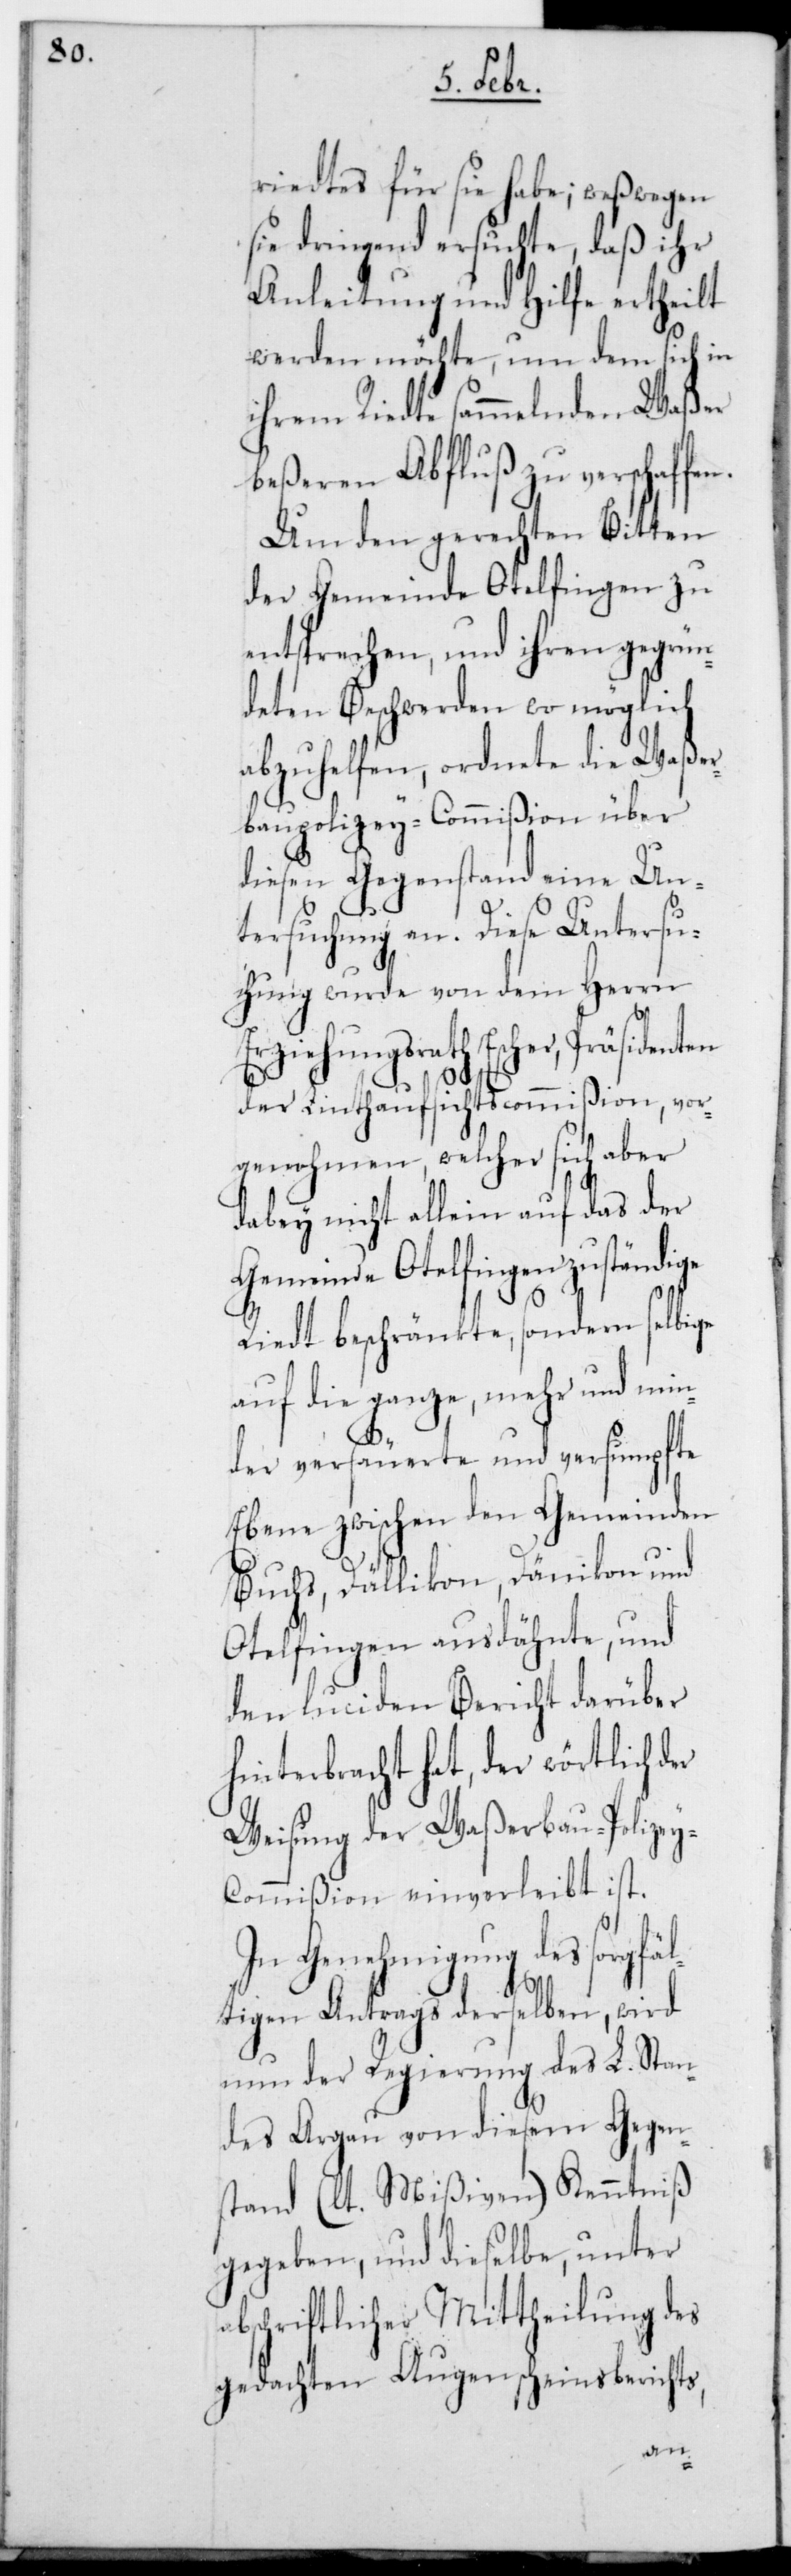
riedtes für sie habe; weßwegen
sie dringend ersuchte, daß ihr
Anleitung und Hilfe ertheilt
werden möchte, um dem sich in
ihrem Riedte sammelnden Waßer
beßeren Abfluß zu verschaffe¬
Um den gerechten Bitten
der Gemeinde Otelfingen zu
entsprechen, und ihren gegrün¬
deten Beschwerden wo möglich
abzuhelfen, ordnete die Waße¬
rbaupolizey-Commißion über
diesen Gegenstand eine Un¬
tersuchung an. Diese Untersu¬
chung wurde von dem Herrn
Erziehungsrath Escher, Präsidenten
der Linthaufsichtscommißion vor¬
genohmen, welcher sich aber
dabey nicht allein auf das der
Gemeinde Otelfingen zuständige
n.
Riedt beschränkte, sondern selbige
auf die ganze, mehr und min¬
der versäuerte und versumpfte
Ebene zwischen den Gemeinden
Buchs, Dällikon, Dänikon und
Otelfingen ausdehnte, und
den luciden Bericht darüber
hinterbracht hat, der wörtlich der
Weisung der Waßerbau-Polize¬
y-Commißion einverleibt ist.
In Genehmigung des sorgfäl¬
tigen Antrags derselben, wird
nun der Regierung des L. Stan¬
des Argau von diesem Gegen¬
stand (lt. Mißiven) Kenntniß
gegeben, und dieselbe, unter
abschriftlicher Mittheilung des
gedachten Augenscheinsberichts,